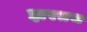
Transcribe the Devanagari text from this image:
झरतच